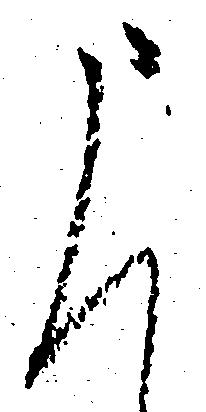
申